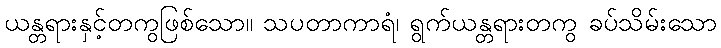
ယန္တရားနှင့်တကွဖြစ်သော။ သပတာကာရံ၊ ရွက်ယန္တရားတကွ ခပ်သိမ်းသော